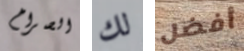
الصراخ لك أفضل